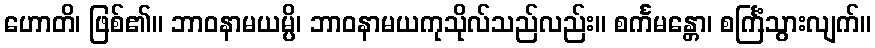
ဟောတိ၊ ဖြစ်၏။ ဘာဝနာမယမ္ပိ၊ ဘာဝနာမယကုသိုလ်သည်လည်း။ စင်္ကမန္တော၊ စင်္ကြံသွားလျက်။